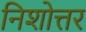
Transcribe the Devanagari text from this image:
निशोत्तर